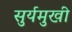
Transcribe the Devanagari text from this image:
सुर्यमुखी